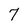
Character: 7